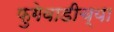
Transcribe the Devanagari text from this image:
फुगेवाडीच्या